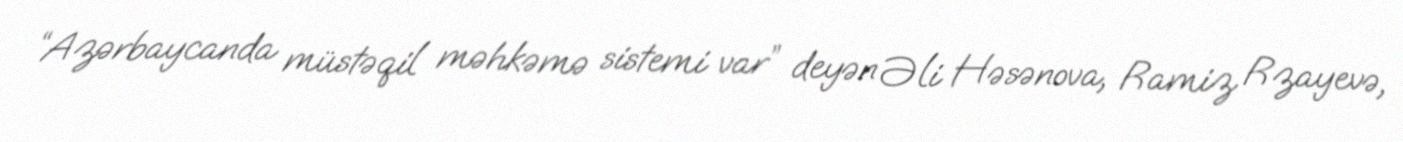
“Azərbaycanda müstəqil məhkəmə sistemi var” deyən Əli Həsənova, Ramiz Rzayevə,